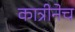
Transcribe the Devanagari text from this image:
कात्रीनेच